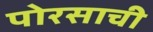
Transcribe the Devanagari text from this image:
पोरसाची